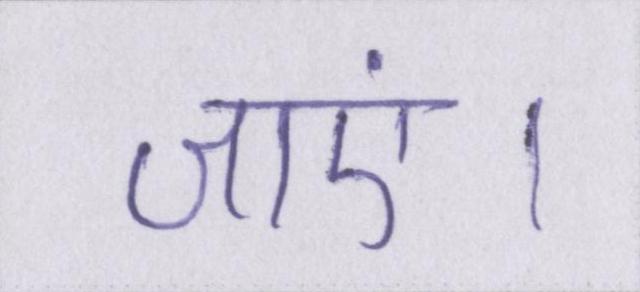
जाएं।